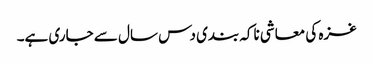
غزہ کی معاشی ناکہ بندی دس سال سے جاری ہے۔